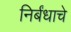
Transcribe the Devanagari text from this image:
निर्बंधाचे